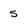
Character: 5